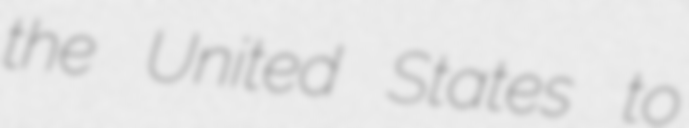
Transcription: the United States to